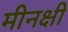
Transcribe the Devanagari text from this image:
मीनक्षी